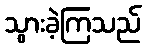
သွားခဲ့ကြသည်